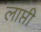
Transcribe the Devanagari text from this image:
लाप्ती